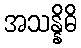
အသန္နိဓိ